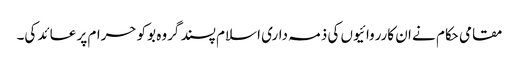
مقامی حکام نے ان کارروائیوں کی ذمہ داری اسلام پسند گروہ بوکو حرام پر عائد کی۔